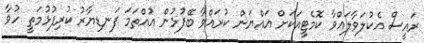
ރައީސް އެކުލަވާލައްވާ ކޮމެޓީއަކަށް އައްޔަން ކުރައްވާ ބޭފުޅުން އުއްތަމަ ފަނޑިޔާރު ކުރިފުޅުމަތީ ހުވާ